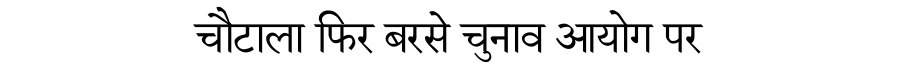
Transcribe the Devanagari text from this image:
चौटाला फिर बरसे चुनाव आयोग पर